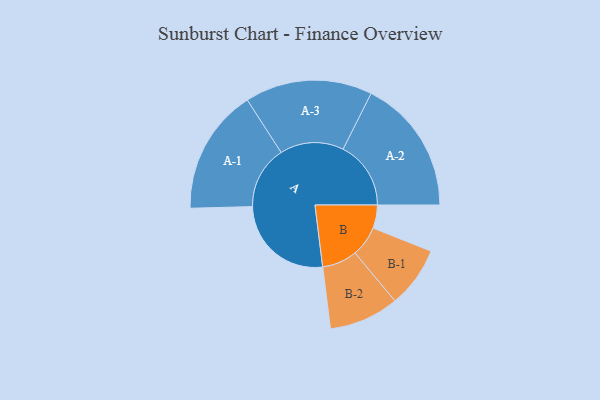
{"axis": {"x": "Segment", "y": "Value"}, "legend": ["", "A", "B"], "data": [{"x": "A", "y": 450, "type": ""}, {"x": "B", "y": 102, "type": ""}, {"x": "A-1", "y": 276, "type": "A"}, {"x": "A-2", "y": 298, "type": "A"}, {"x": "A-3", "y": 280, "type": "A"}, {"x": "B-1", "y": 134, "type": "B"}, {"x": "B-2", "y": 154, "type": "B"}]}